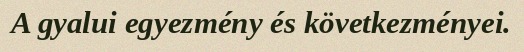
A gyalui egyezmény és következményei.